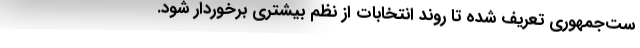
ست‌جمهوری تعریف شده تا روند انتخابات از نظم بیشتری برخوردار شود.